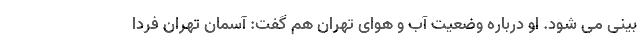
بینی می شود. او درباره وضعیت آب و هوای تهران هم گفت: آسمان تهران فردا